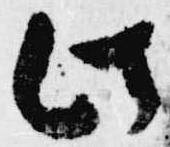
此